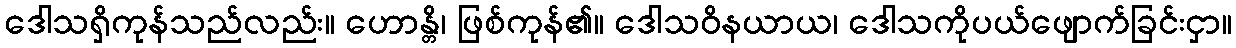
ဒေါသရှိကုန်သည်လည်း။ ဟောန္တိ၊ ဖြစ်ကုန်၏။ ဒေါသဝိနယာယ၊ ဒေါသကိုပယ်ဖျောက်ခြင်းငှာ။